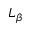
L _ { \beta }